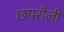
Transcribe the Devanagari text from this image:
छपरौली